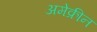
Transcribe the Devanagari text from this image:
अमेक्रीन